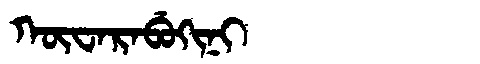
Manchu: ᡴᡡᠸᠠᡵᠠᠪᡠᡴᡳᠨᡳ
Romanization: KŪWARABUKINI